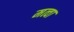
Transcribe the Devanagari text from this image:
मत्वा